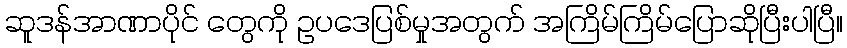
ဆူဒန်အာဏာပိုင် တွေကို ဥပဒေပြစ်မှုအတွက် အကြိမ်ကြိမ်ပြောဆိုပြီးပါပြီ။